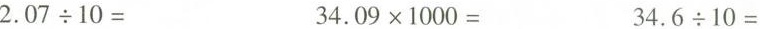
$$2 . 0 7 \div 1 0 =$$ $$3 4 . 0 9 \times 1 0 0 0 =$$ $$3 4 . 6 \div 1 0 =$$